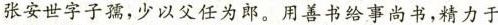
张安世字子孺，少以父任为郎。用善书给事尚书，精力于